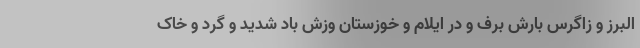
البرز و زاگرس بارش برف و در ایلام و خوزستان وزش باد شدید و گرد و خاک